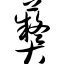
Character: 彝